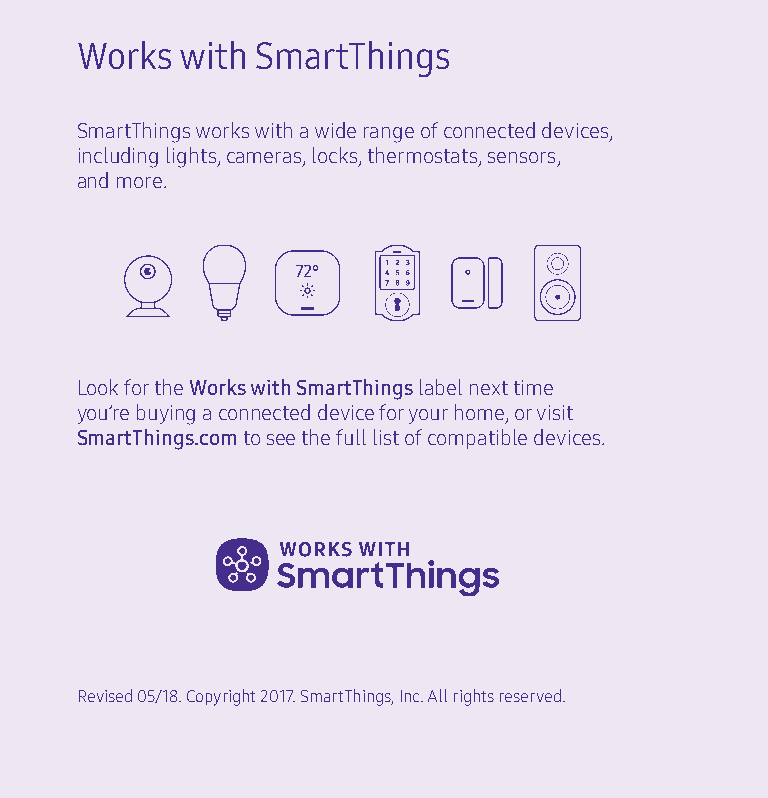
Works  with SmartThings
 SmartThings works with a wide range of connected devices,
 including lights, cameras, locks, thermostats, sensors,
 and more.
 72°
 Look for the Works with SmartThings label next time
 you’re buying a connected device for your home, or visit
 SmartThings.com to see the full list of compatible devices.
 Revised 05/18. Copyright 2017. SmartThings, Inc. All rights reserved.